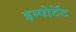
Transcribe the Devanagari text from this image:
इम्पोर्टेंट